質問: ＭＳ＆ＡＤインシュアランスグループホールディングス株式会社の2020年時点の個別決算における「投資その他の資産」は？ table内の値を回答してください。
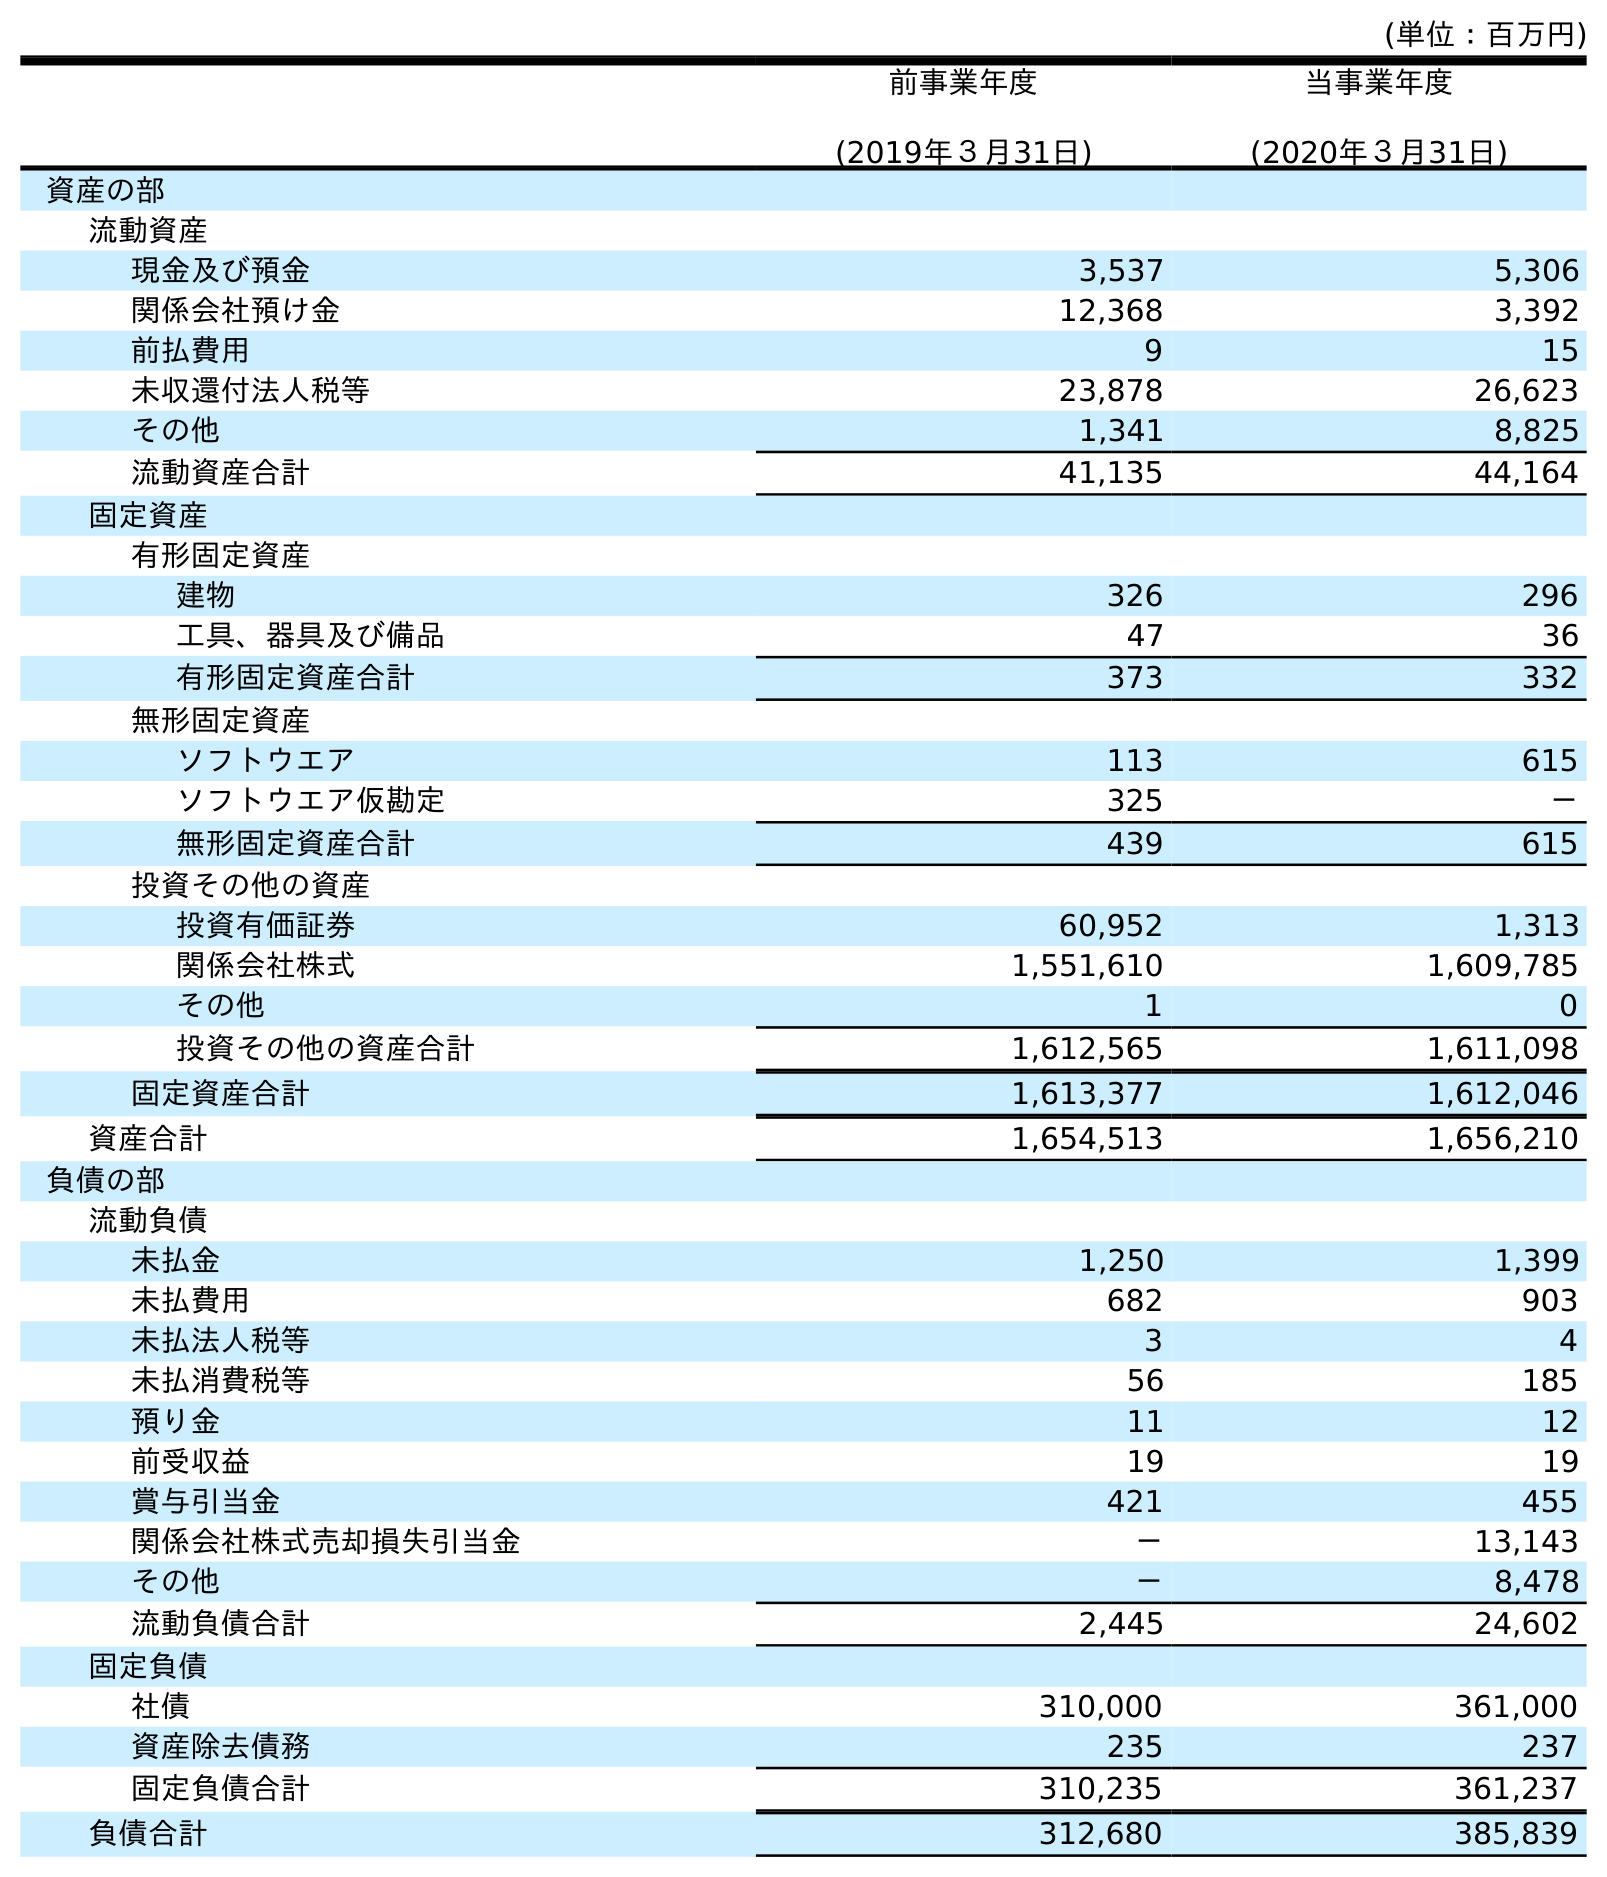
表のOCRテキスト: (単位：百万円) 前事業年度 (2019年３月31日) 当事業年度 (2020年３月31日) 資産の部 流動資産 現金及び預金 3,537 5,306 関係会社預け金 12,368 3,392 前払費用 9 15 未収還付法人税等 23,878 26,623 その他 1,341 8,825 流動資産合計 41,135 44,164 固定資産 有形固定資産 建物 326 296 工具、器具及び備品 47 36 有形固定資産合計 373 332 無形固定資産 ソフトウエア 113 615 ソフトウエア仮勘定 325 － 無形固定資産合計 439 615 投資その他の資産 投資有価証券 60,952 1,313 関係会社株式 1,551,610 1,609,785 その他 1 0 投資その他の資産合計 1,612,565 1,611,098 固定資産合計 1,613,377 1,612,046 資産合計 1,654,513 1,656,210 負債の部 流動負債 未払金 1,250 1,399 未払費用 682 903 未払法人税等 3 4 未払消費税等 56 185 預り金 11 12 前受収益 19 19 賞与引当金 421 455 関係会社株式売却損失引当金 － 13,143 その他 － 8,478 流動負債合計 2,445 24,602 固定負債 社債 310,000 361,000 資産除去債務 235 237 固定負債合計 310,235 361,237 負債合計 312,680 385,839
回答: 1,611,098